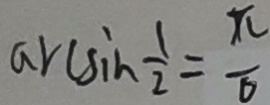
\arcsin \frac { 1 } { 2 } = \frac { \pi } { 6 }